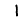
Digit: 1